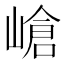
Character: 嵢